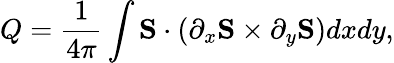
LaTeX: Q=\frac{1}{4\pi}\int\mathbf{S}\cdot\left(\partial_{x}\mathbf{S}\times\partial_{y}\mathbf{S}\right)dxdy,